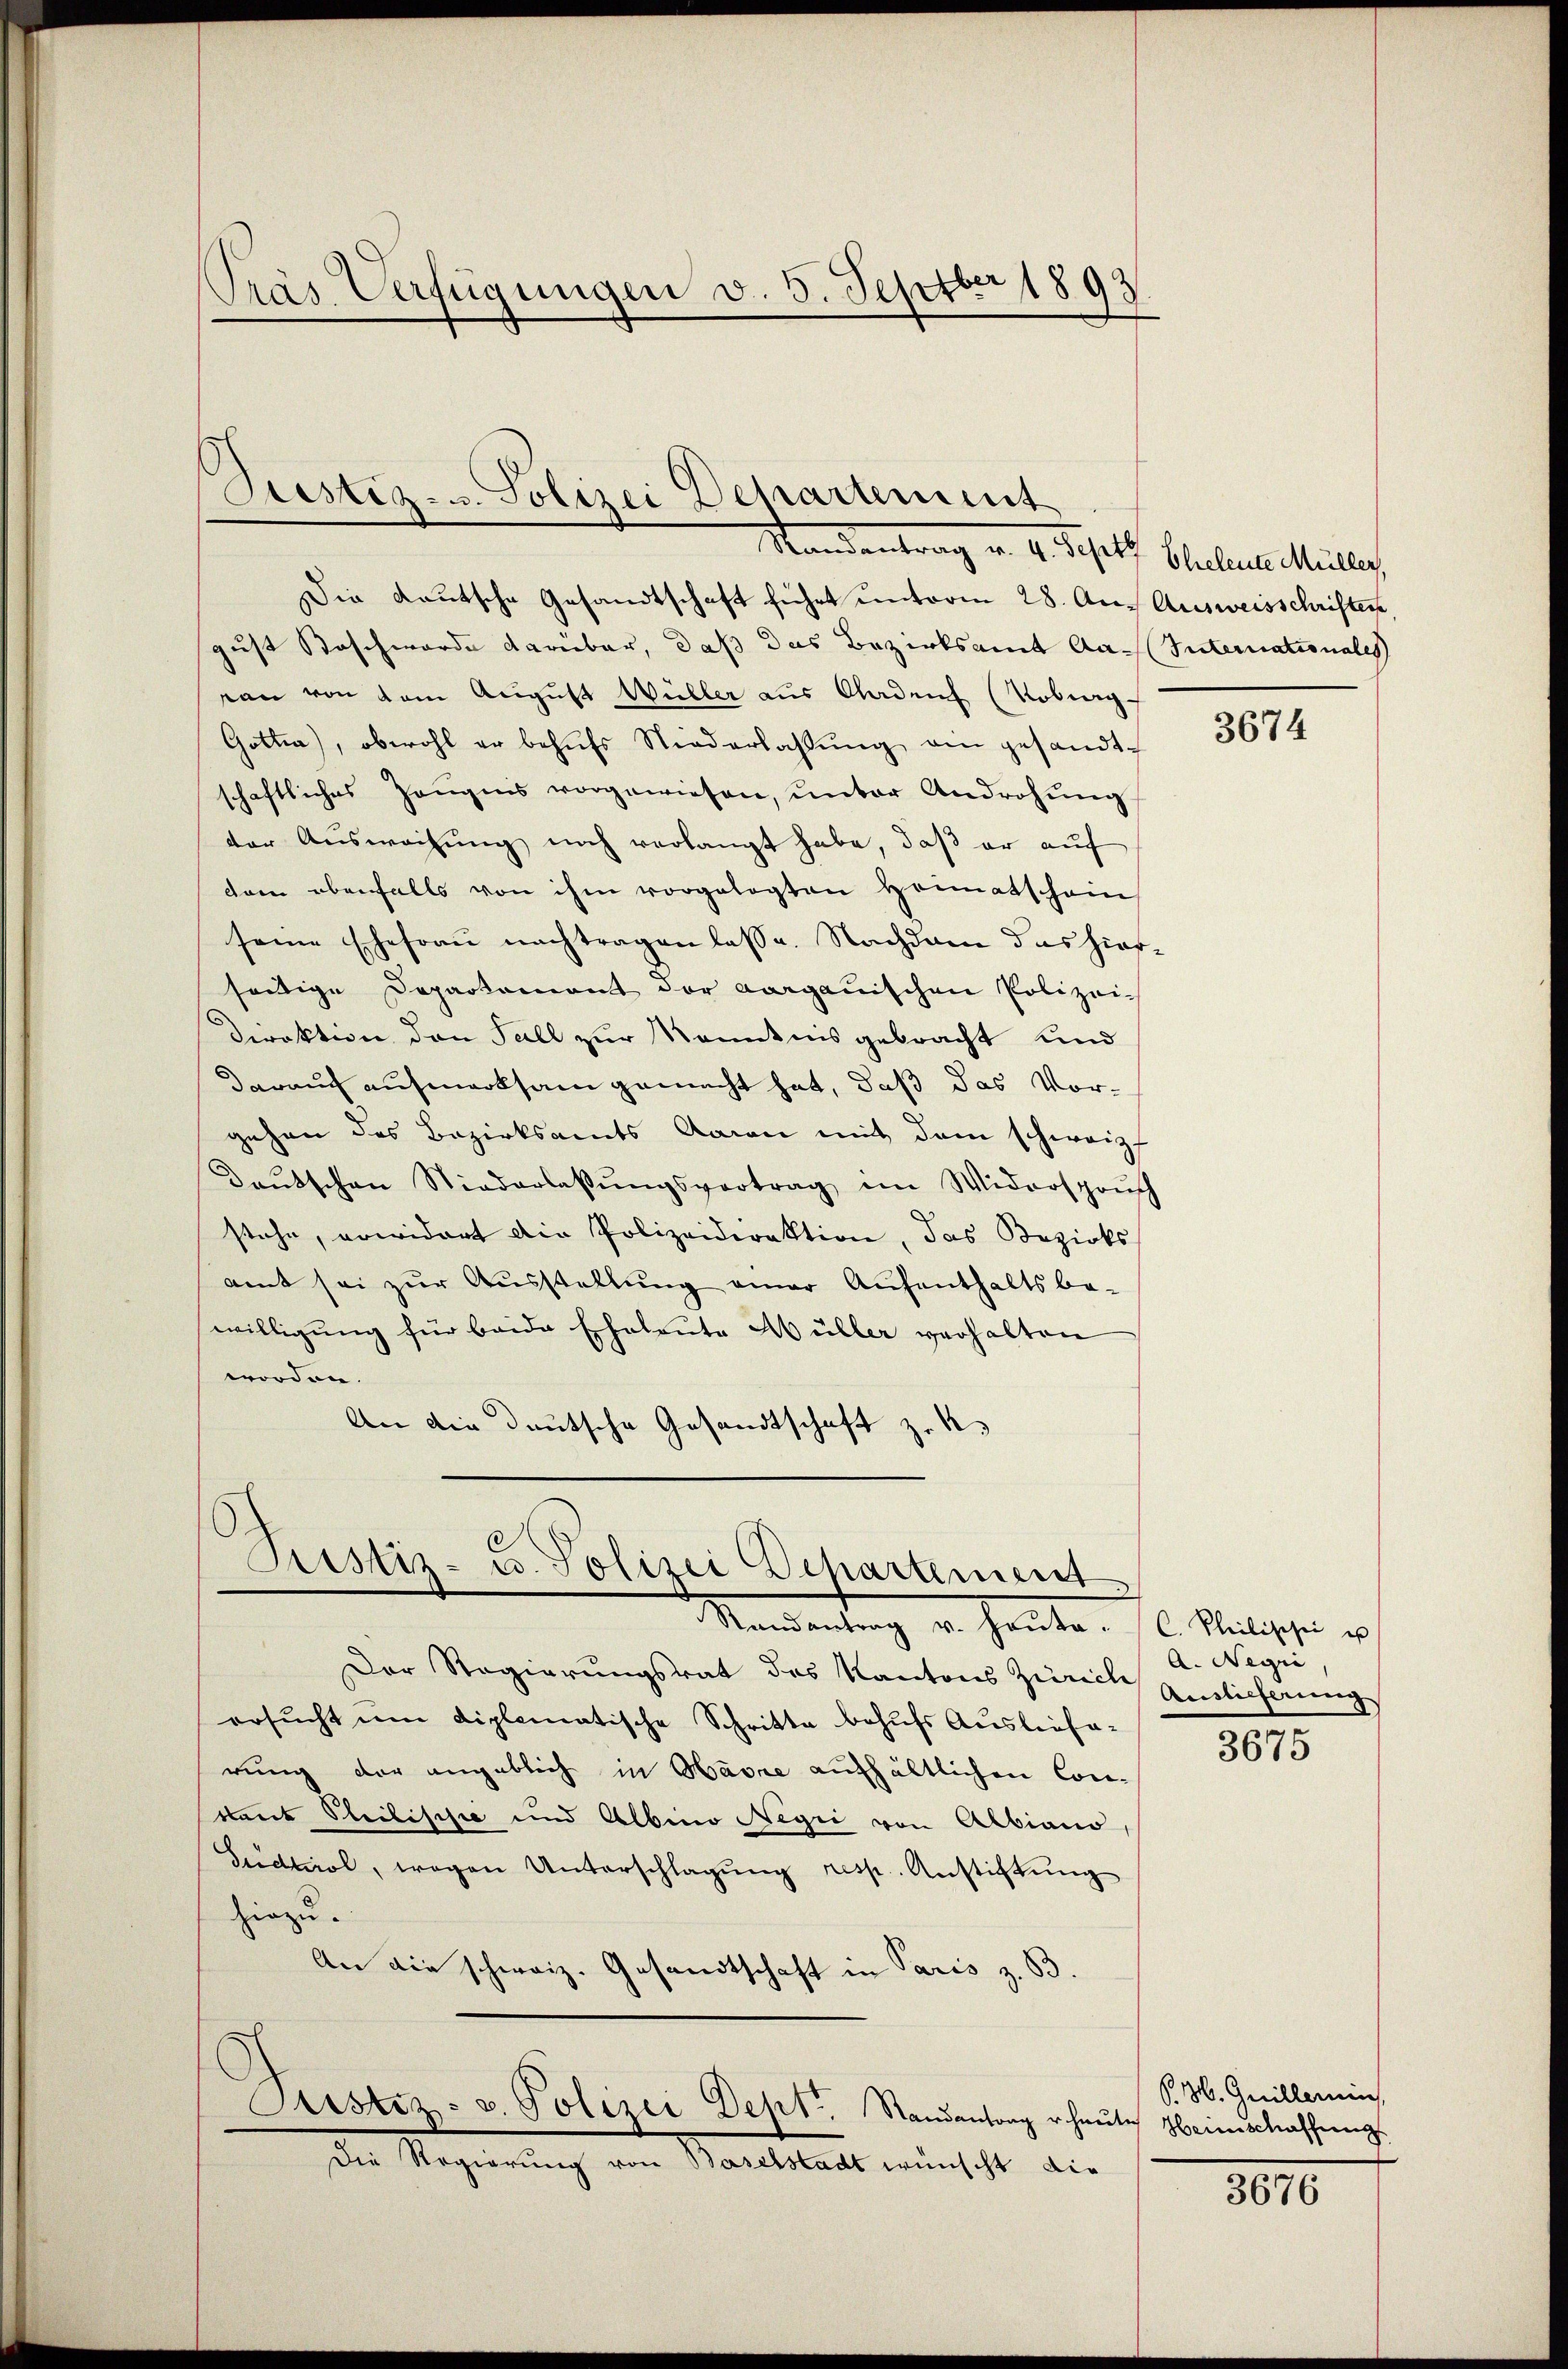
Pras Verfügungen v. 5. Septbr 1893.

Justiz- u. Polizei Departement
Randentrag v. 4. Schelt Schelm Müller

Die Kautsche Gesandtschaft führt unterm 28. Auf Ausweisschriften,
gust Bosch wurde darüber, daß das Bezirksamt Aa-Interationales
ean von dem August Wüller aus Oladens (Robing
Gottin, obwohl er behufs Niederlassŭng am gesandtschaftliches Zeŭgens vorgewiesen, ŭnter Androhŭng
der Ausweisung noch verlangt habe, daß er auf
dam ebenfalls von ihm vorgelegten Heimatschein
seine Ehefrau nachtragen lasse. Nachdem das hiesseitige Departament der aargauischen Polizei-
Direktion den Fall zur Kenntnis gebracht und
darauch aufmerksam gemacht hat, daß das Vorgehen des Bezirksamts Garan mit dem schweiz.
Daŭtschen Niederlassŭngsvertrag im Widerspruch
stehe, erwidert die Polizeidirektion, das Bezirks
amt sei zur Ausstellung einer Aufenthaltsbe-
willigung für beide Eheleute Müller verhalten
worden.
An die deutsche Gesandtschaft z. R.

Justiz- u. Polizei Departement
Mandantung v. Heute. (l. Meiligen v

Der Regierungsrat des Kantons Ziel Einlicherung
ersŭcht ŭm diplomatische Schritte behufs Ausliefa-
rung der angeblich in Havre aufhältlichen Con-
kaut Pleitischie und Albino Negii von Albiano,
Suidtirol, wegen Unterschlagung resp. Anstiftung
hiezu.
An die schweiz. Gesandtschaft in Paris z. B.
Astiz- u. Polizei Dept. Randantrag heŭtes Heimschaffung
Die Regierung von Baselstadt wünscht die

3674

A. Negii,
3675

P. M. Guillerin

3010